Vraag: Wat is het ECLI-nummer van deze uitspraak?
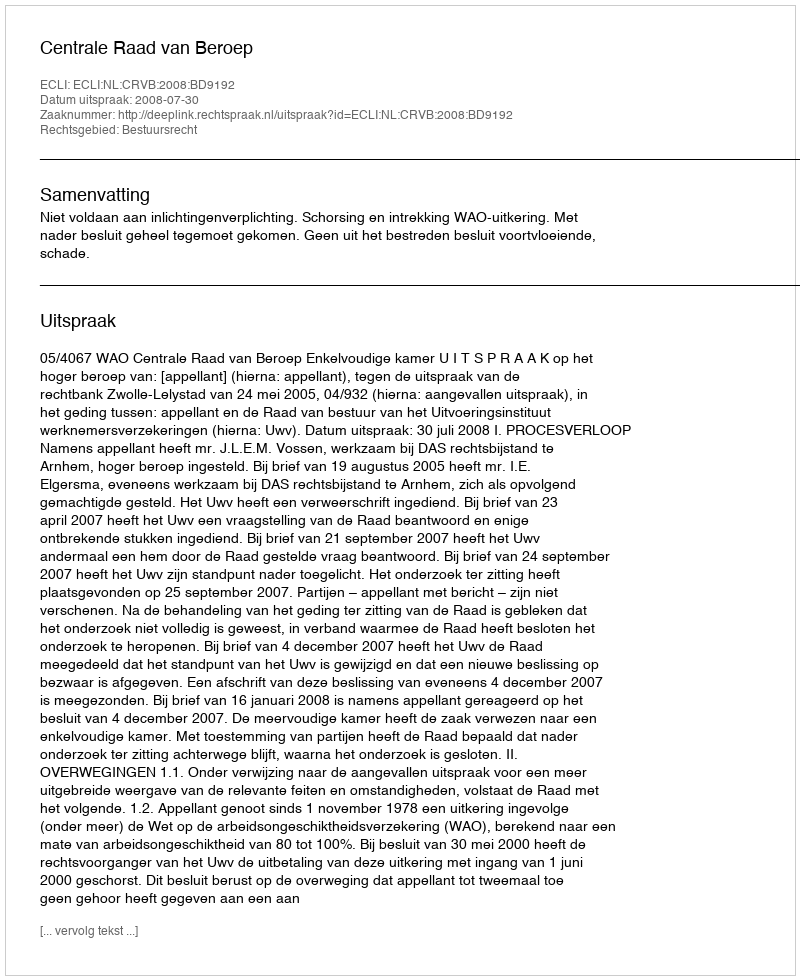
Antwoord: ECLI:NL:CRVB:2008:BD9192